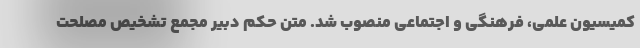
کمیسیون علمی، فرهنگی و اجتماعی منصوب شد. متن حکم دبیر مجمع تشخیص مصلحت